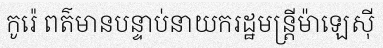
កូរ៉េ ពត៌មានបន្ទាប់នាយករដ្ឋមន្ត្រីម៉ាឡេស៊ី